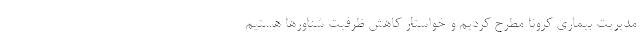
مدیریت بیماری کرونا مطرح کردیم و خواستار کاهش ظرفیت شناورها هستیم